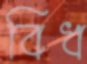
বিধ